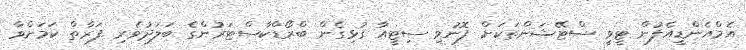
އެމްއެންޑީއެފުން ޓީވީ ސްޓޭޝަންތަކަށް ފޮނުވި ސިޓީއާ ގުޅިގެން ބްރޯޑްކާސްޓަރުންގެ ބަލަދުވެރި ފަރާތް ކަމަށްވާ